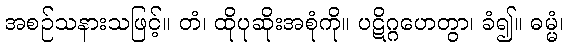
အစဉ်သနားသဖြင့်။ တံ၊ ထိုပုဆိုးအစုံကို။ ပဋိဂ္ဂဟေတွာ၊ ခံ၍။ ဓမ္မံ၊